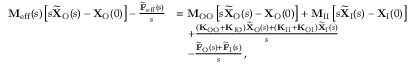
\begin{array} { r l } { \mathbf { M } _ { \mathrm { e f f } } ( s ) \left[ s \widetilde { \mathbf { X } } _ { \mathrm { O } } ( s ) - \mathbf { X } _ { \mathrm { O } } ( 0 ) \right] - \frac { \widetilde { \mathbf { F } } _ { \mathrm { e f f } } ( s ) } { s } } & { = \mathbf { M } _ { \mathrm { O O } } \left[ s \widetilde { \mathbf { X } } _ { \mathrm { O } } ( s ) - \mathbf { X } _ { \mathrm { O } } ( 0 ) \right] + \mathbf { M } _ { \mathrm { I I } } \left[ s \widetilde { \mathbf { X } } _ { \mathrm { I } } ( s ) - \mathbf { X } _ { \mathrm { I } } ( 0 ) \right] } \\ & { \quad + \frac { ( \mathbf { K } _ { \mathrm { O O } } + \mathbf { K } _ { \mathrm { I O } } ) \widetilde { \mathbf { X } } _ { \mathrm { O } } ( s ) + ( \mathbf { K } _ { \mathrm { I I } } + \mathbf { K } _ { \mathrm { O I } } ) \widetilde { \mathbf { X } } _ { \mathrm { I } } ( s ) } { s } } \\ & { \quad - \frac { \widetilde { \mathbf { F } } _ { \mathrm { O } } ( s ) + \widetilde { \mathbf { F } } _ { \mathrm { I } } ( s ) } { s } \, , } \end{array}